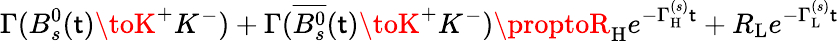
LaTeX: \Gamma(B_{s}^{0}(\mathsf{t})\toK^{+}K^{-})+\Gamma(\overline{{{{B_{s}^{0}}}}}(\mathsf{t})\toK^{+}K^{-})\proptoR_{\mathrm{{H}}}e^{-\Gamma_{\mathrm{{H}}}^{(s)}\mathsf{t}}+R_{\mathrm{{L}}}e^{-\Gamma_{\mathrm{{L}}}^{(s)}\mathsf{t}}